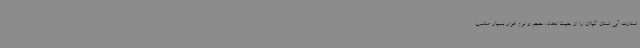
استارت آپی استان گیلان را از حیث تعداد، حجم و نرم افزار بسیار مناسب